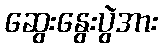
ဆွေးနွေးပွဲအား